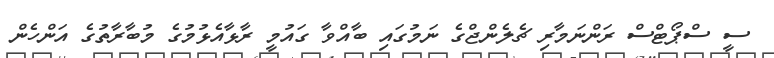
ސީ ސްޕޯޓްސް ރަންނަމާރި ޗެލެންޖްގެ ނަމުގައި ބާއްވާ ގައުމީ ރާޅާއެޅުމުގެ މުބާރާތުގެ އަންހެން